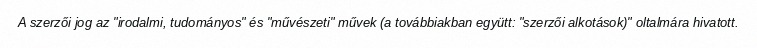
A szerzői jog az "irodalmi, tudományos" és "művészeti" művek (a továbbiakban együtt: "szerzői alkotások)" oltalmára hivatott.